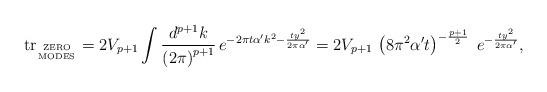
LaTeX: \begin{align*}\mbox{tr}_{\mbox{\tiny ZERO}\atop\mbox{\tiny MODES}} = 2 V_{p+1} \int \frac{d^{p+1} k}{\left( 2\pi\right)^{p+1}}\, e^{-2\pi t\alpha^\prime k^2 -\frac{t y^2}{2\pi \alpha^\prime} } = 2V_{p+1}\,\left( 8\pi^2 \alpha^\prime t\right)^{-\frac{p+1}{2}}\; e^{-\frac{t y^2}{2\pi\alpha^\prime}} ,\end{align*}